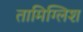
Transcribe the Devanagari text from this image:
तामिग्लिश